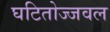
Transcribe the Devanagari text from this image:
घटितोज्जवल